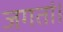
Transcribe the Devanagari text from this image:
जगतां।